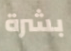
بشرة